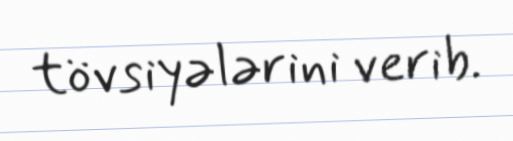
tövsiyələrini verib.